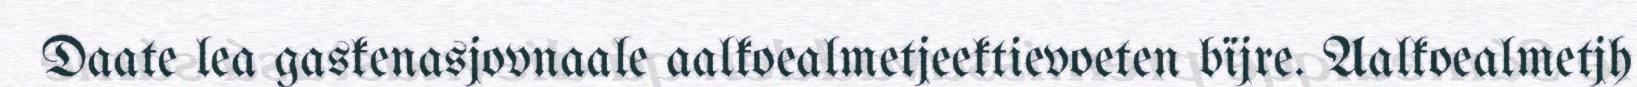
Daate lea gaskenasjovnaale aalkoealmetjeektievoeten bïjre. Aalkoealmetjh